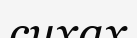
сихах